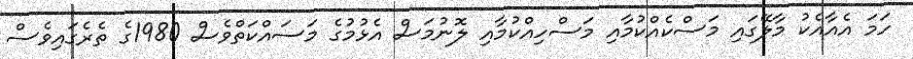
ހަމަ އެއާއެކު މާލޭގައި މަސްކެއްކުމާއި މަސްހިއްކުމާއި ލޮނުމަސް އެޅުމުގެ މަސައްކަތްވެސް 1980ގެ ތެރެގައިވެސް